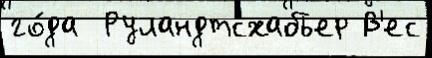
го́да  Руландтсхабьер В'ес